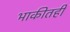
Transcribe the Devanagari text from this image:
भाकीतही